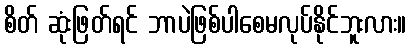
စိတ် ဆုံးဖြတ်ရင် ဘာပဲဖြစ်ပါစေမလုပ်နိုင်ဘူးလား။